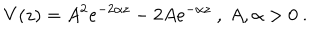
V ( z ) = A ^ { 2 } e ^ { - 2 \alpha z } - 2 A e ^ { - \alpha z } \ , \ A , \alpha > 0 \ .